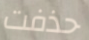
حذفت